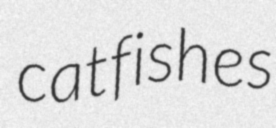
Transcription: catfishes